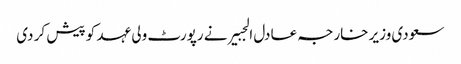
سعودی وزیر خارجہ عادل الجبیر نے رپورٹ ولی عہد کو پیش کر دی